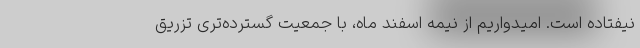
نیفتاده است. امیدواریم از نیمه اسفند ماه، با جمعیت گسترده‌تری تزریق